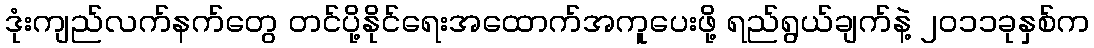
ဒုံးကျည်လက်နက်တွေ တင်ပို့နိုင်ရေးအထောက်အကူပေးဖို့ ရည်ရွယ်ချက်နဲ့ ၂၀၁၁ခုနှစ်က